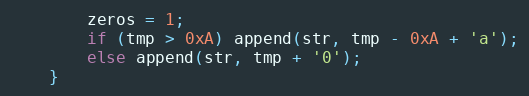
Language: C
        zeros = 1;
        if (tmp > 0xA) append(str, tmp - 0xA + 'a');
        else append(str, tmp + '0');
    }